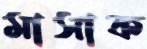
মাসাক